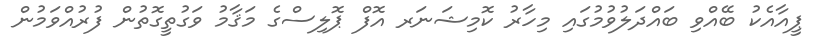
ޕީއާއެކު ބޭއްވި ބައްދަލުވުމުގައި މިހާރު ކޮމިޝަނަރ އޮފް ޕޮލިސްގެ މަޤާމު ވަގުތީގޮތުން ފުރުއްވަމުން